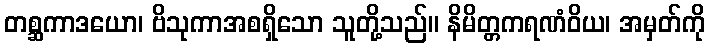
တစ္ဆကာဒယော၊ ဗိသုကာအစရှိသော သူတို့သည်။ နိမိတ္တကရဏံဝိယ၊ အမှတ်ကို